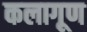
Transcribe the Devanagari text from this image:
कलागूण